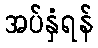
အပ်နှံရန်